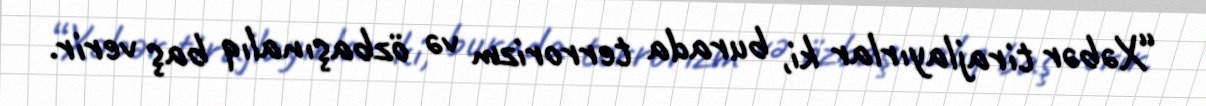
“Xəbər tirajlayırlar ki, burada terrorizm və özbaşınalıq baş verir.